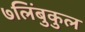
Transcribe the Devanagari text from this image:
७लिंबुकुल